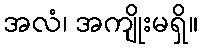
အလံ၊ အကျိုးမရှိ။